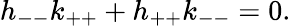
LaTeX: h_{--}k_{++}+h_{++}k_{--}=0.